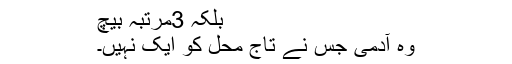
بلکہ 3مرتبہ بیچ
وہ آدمی جس نے تاج محل کو ایک نہیں۔